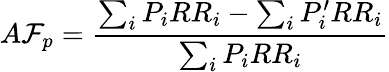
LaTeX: A\mathcal{F}_{p}={\frac{{\sum_{i}P_{i}RR_{i}-\sum_{i}P_{i}^{\prime}RR_{i}}}{{\sum_{i}P_{i}RR_{i}}}}